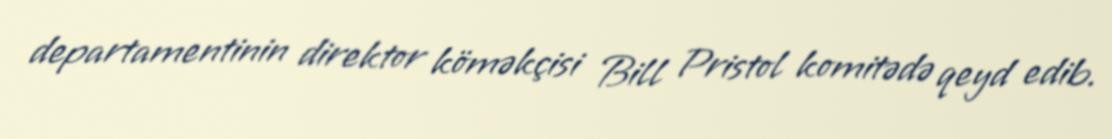
departamentinin direktor köməkçisi Bill Pristol komitədə qeyd edib.